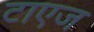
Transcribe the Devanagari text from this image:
टाएज